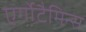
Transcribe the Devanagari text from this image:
एर्गोटैमिन्स